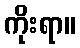
ကိုးရာ။